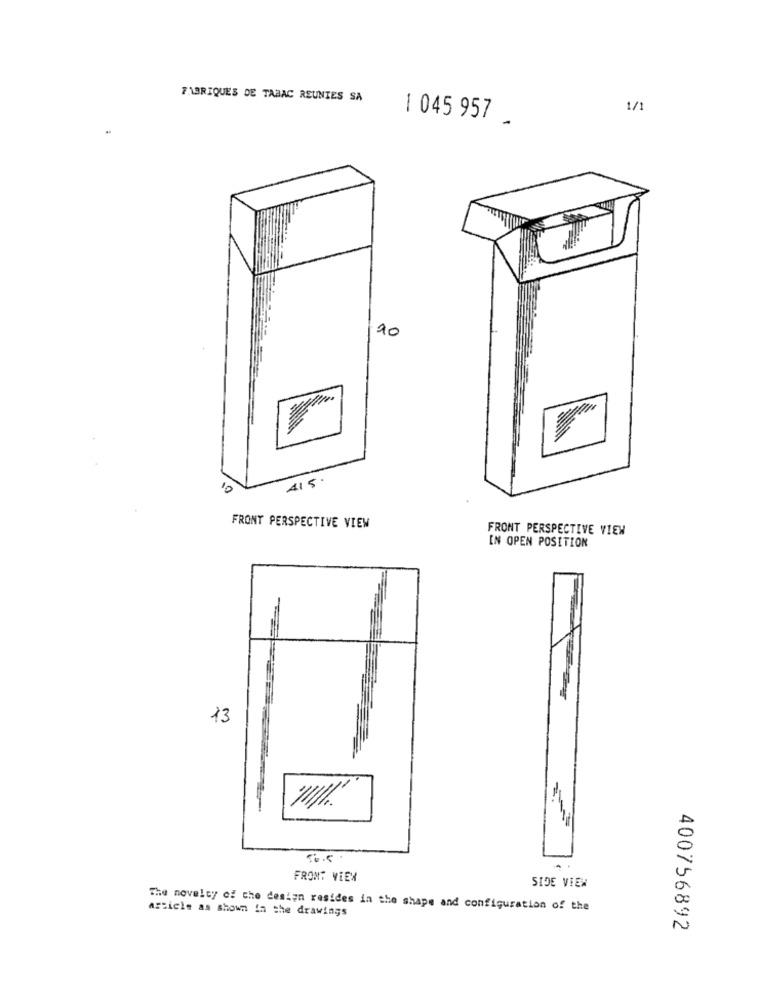
FABRIQUES DE TABAC REUNIES SA
1/1
1 045 957
90
415 .
10
FRONT PERSPECTIVE VIEW
FRONT PERSPECTIVE VIEW
IN OPEN POSITION
13
FRONT VIEW
SIDE VIEW
article as shown in the drawings
The novelcy of the design resides in the shape and configuration of the
400756892